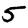
Digit: 5